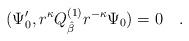
LaTeX: \begin{align*}(\Psi_0^\prime , r^{\kappa} Q_{\hat{\beta}}^{(1)} r^{- \kappa} \Psi_0 ) =0 \quad . \end{align*}